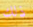
ذلك